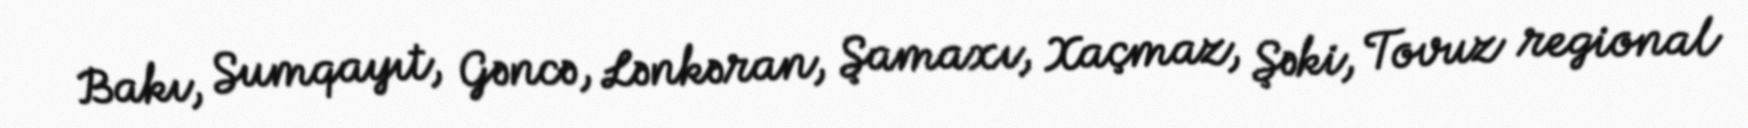
Bakı, Sumqayıt, Gəncə, Lənkəran, Şamaxı, Xaçmaz, Şəki, Tovuz regional